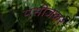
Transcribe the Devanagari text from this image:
पसीजकर